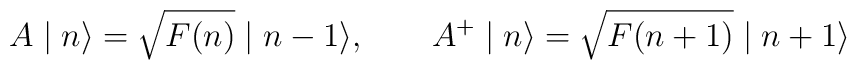
A \mid n \rangle = \sqrt{F (n)} \mid n - 1 \rangle,\qquad A^+ \mid n \rangle = \sqrt{F (n + 1)} \mid n + 1 \rangle